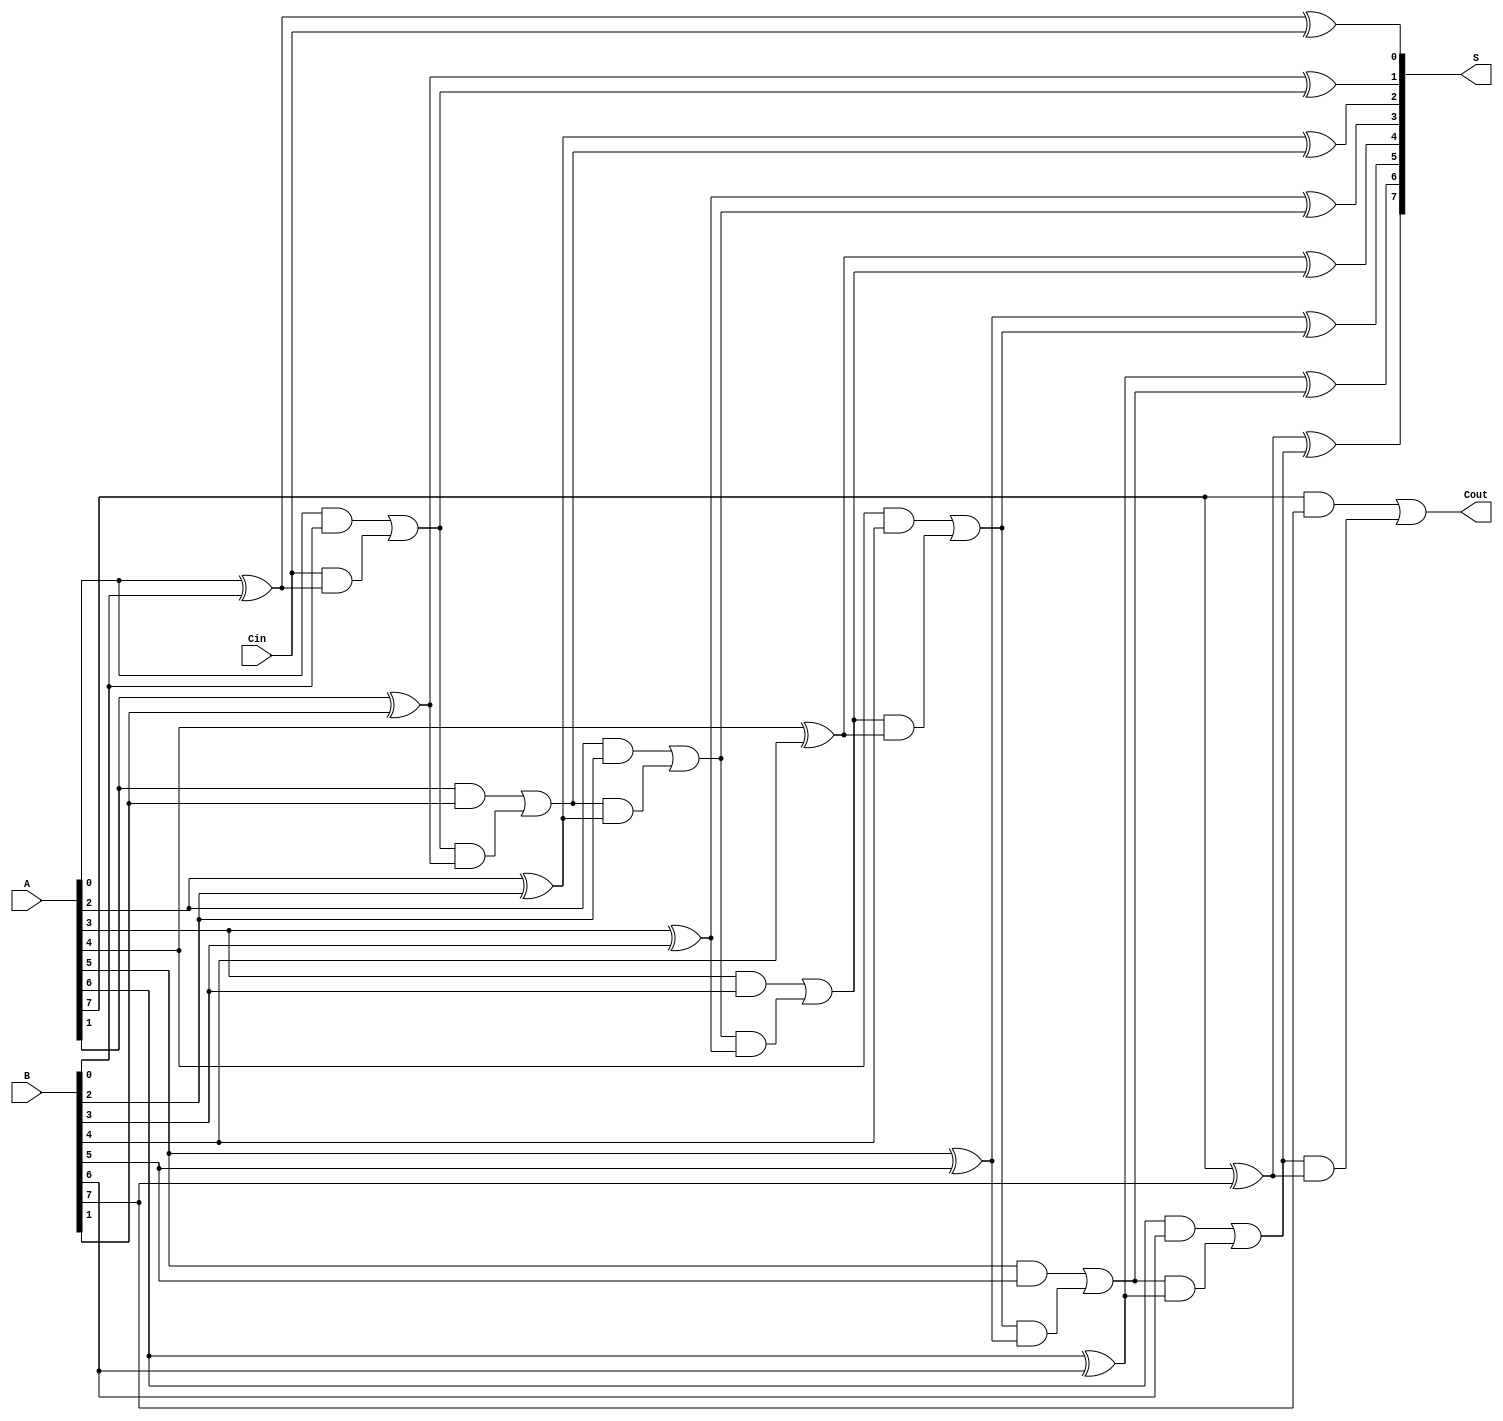
module PrecomputationCarryAdder #(parameter N = 8) (
    input  wire [N-1:0] A,      // First n-bit input
    input  wire [N-1:0] B,      // Second n-bit input
    input  wire Cin,             // Carry-in
    output wire [N-1:0] S,       // n-bit sum output
    output wire Cout             // Carry-out
);

    wire [N:0] C;               // Carry signals, C[0] is Cin
    assign C[0] = Cin;          // Initialize the first carry with Cin

    // Generate carry and sum for each bit
    genvar i;
    generate
        for (i = 0; i < N; i = i + 1) begin : carry_sum_gen
            // Carry generation
            assign C[i + 1] = (A[i] & B[i]) | (C[i] & (A[i] ^ B[i]));
            // Sum calculation
            assign S[i] = A[i] ^ B[i] ^ C[i];
        end
    endgenerate

    // Final carry-out
    assign Cout = C[N];

endmodule